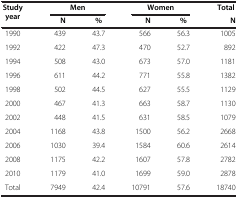
<table><thead><tr><td rowspan="2"><b>Study year</b></td><td><b> </b></td><td><b>Men</b></td><td><b> </b></td><td><b>Women</b></td><td><b>Total</b></td></tr><tr><td><b>N</b></td><td><b>%</b></td><td><b>N</b></td><td><b>%</b></td><td><b>N</b></td></tr></thead><tbody><tr><td>1990</td><td>439</td><td>43.7</td><td>566</td><td>56.3</td><td>1005</td></tr><tr><td>1992</td><td>422</td><td>47.3</td><td>470</td><td>52.7</td><td>892</td></tr><tr><td>1994</td><td>508</td><td>43.0</td><td>673</td><td>57.0</td><td>1181</td></tr><tr><td>1996</td><td>611</td><td>44.2</td><td>771</td><td>55.8</td><td>1382</td></tr><tr><td>1998</td><td>502</td><td>44.5</td><td>627</td><td>55.5</td><td>1129</td></tr><tr><td>2000</td><td>467</td><td>41.3</td><td>663</td><td>58.7</td><td>1130</td></tr><tr><td>2002</td><td>448</td><td>41.5</td><td>631</td><td>58.5</td><td>1079</td></tr><tr><td>2004</td><td>1168</td><td>43.8</td><td>1500</td><td>56.2</td><td>2668</td></tr><tr><td>2006</td><td>1030</td><td>39.4</td><td>1584</td><td>60.6</td><td>2614</td></tr><tr><td>2008</td><td>1175</td><td>42.2</td><td>1607</td><td>57.8</td><td>2782</td></tr><tr><td>2010</td><td>1179</td><td>41.0</td><td>1699</td><td>59.0</td><td>2878</td></tr><tr><td>Total</td><td>7949</td><td>42.4</td><td>10791</td><td>57.6</td><td>18740</td></tr></tbody></table>